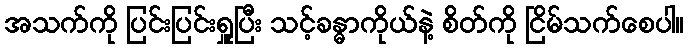
အသက်ကို ပြင်းပြင်းရှူပြီး သင့်ခန္ဓာကိုယ်နဲ့ စိတ်ကို ငြိမ်သက်စေပါ။